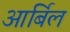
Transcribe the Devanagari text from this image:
आर्बिल